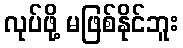
လုပ်ဖို့ မဖြစ်နိုင်ဘူး